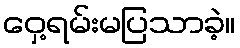
ဝှေ့ရမ်းမပြသာခဲ့။